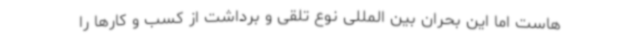
هاست اما این بحران بین المللی نوع تلقی و برداشت از کسب و کارها را